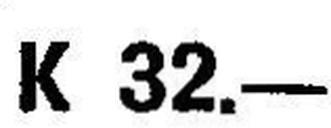
K 32.—